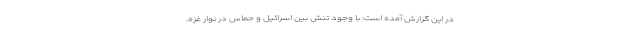
در این گزارش آمده است: با وجود تنش بین اسرائیل و حماس در نوار غزه،